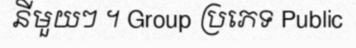
នីមួយៗ ។ Group ប្រភេទ Public